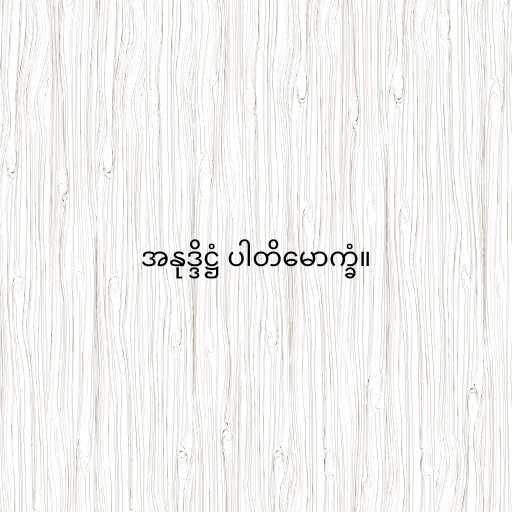
အနုဒ္ဒိဋ္ဌံ ပါတိမောက္ခံ။